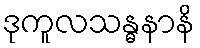
ဒုကူလသန္ဓနာနိ